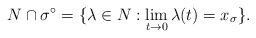
\begin{align*}N \cap \sigma^\circ = \{\lambda \in N : \lim_{t \to 0}\lambda(t) = x_\sigma\}.\end{align*}